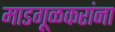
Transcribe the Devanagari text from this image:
माडगूळकरांना